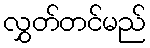
လွှတ်တင်မည်